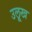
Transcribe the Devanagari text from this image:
उलूख